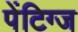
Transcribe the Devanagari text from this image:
पेंटिग्ज